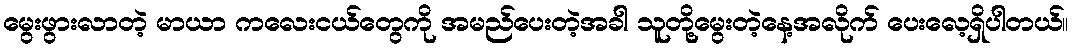
မွေးဖွားလာတဲ့ မာယာ ကလေးငယ်တွေကို အမည်ပေးတဲ့အခါ သူတို့မွေးတဲ့နေ့အလိုက် ပေးလေ့ရှိပါတယ်။